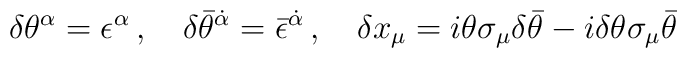
\delta\theta^\alpha =\epsilon^\alpha \, , \quad\delta\bar\theta^{\dot\alpha} =\bar\epsilon^{\dot\alpha} \, , \quad\delta x_\mu =i\theta\sigma_\mu \delta\bar\theta-i\delta\theta\sigma_\mu \bar\theta